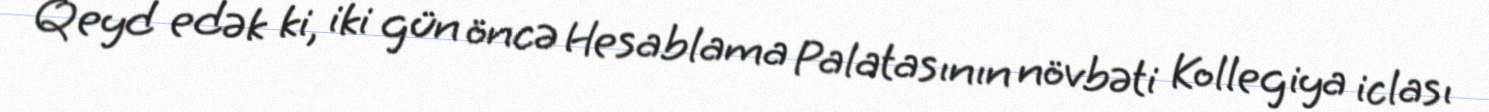
Qeyd edək ki, iki gün öncə Hesablama Palatasının növbəti Kollegiya iclası